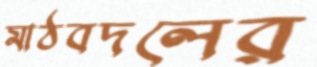
মাঠবদলের